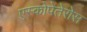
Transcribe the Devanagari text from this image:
एस्कोपेतेरोस